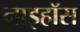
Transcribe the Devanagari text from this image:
नाइहॉस